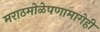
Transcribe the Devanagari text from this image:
मराठमोळेपणामागेही